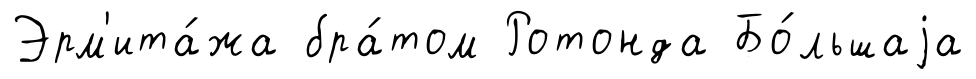
Эрм'ита́жа бра́том Ротонда Бо́льшаjа